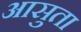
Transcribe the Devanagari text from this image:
आसुता